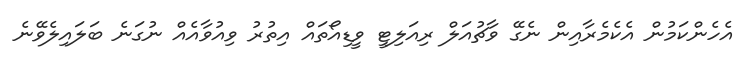
އެހެންކަމުން އެކެމެރާއިން ނެގޭ ވާޗުއަލް ރިއަލިޓީ ވީޑިއޯތައް އިތުރު ވިއުވާއެއް ނުގަނެ ބަލައިލެވޭނެ